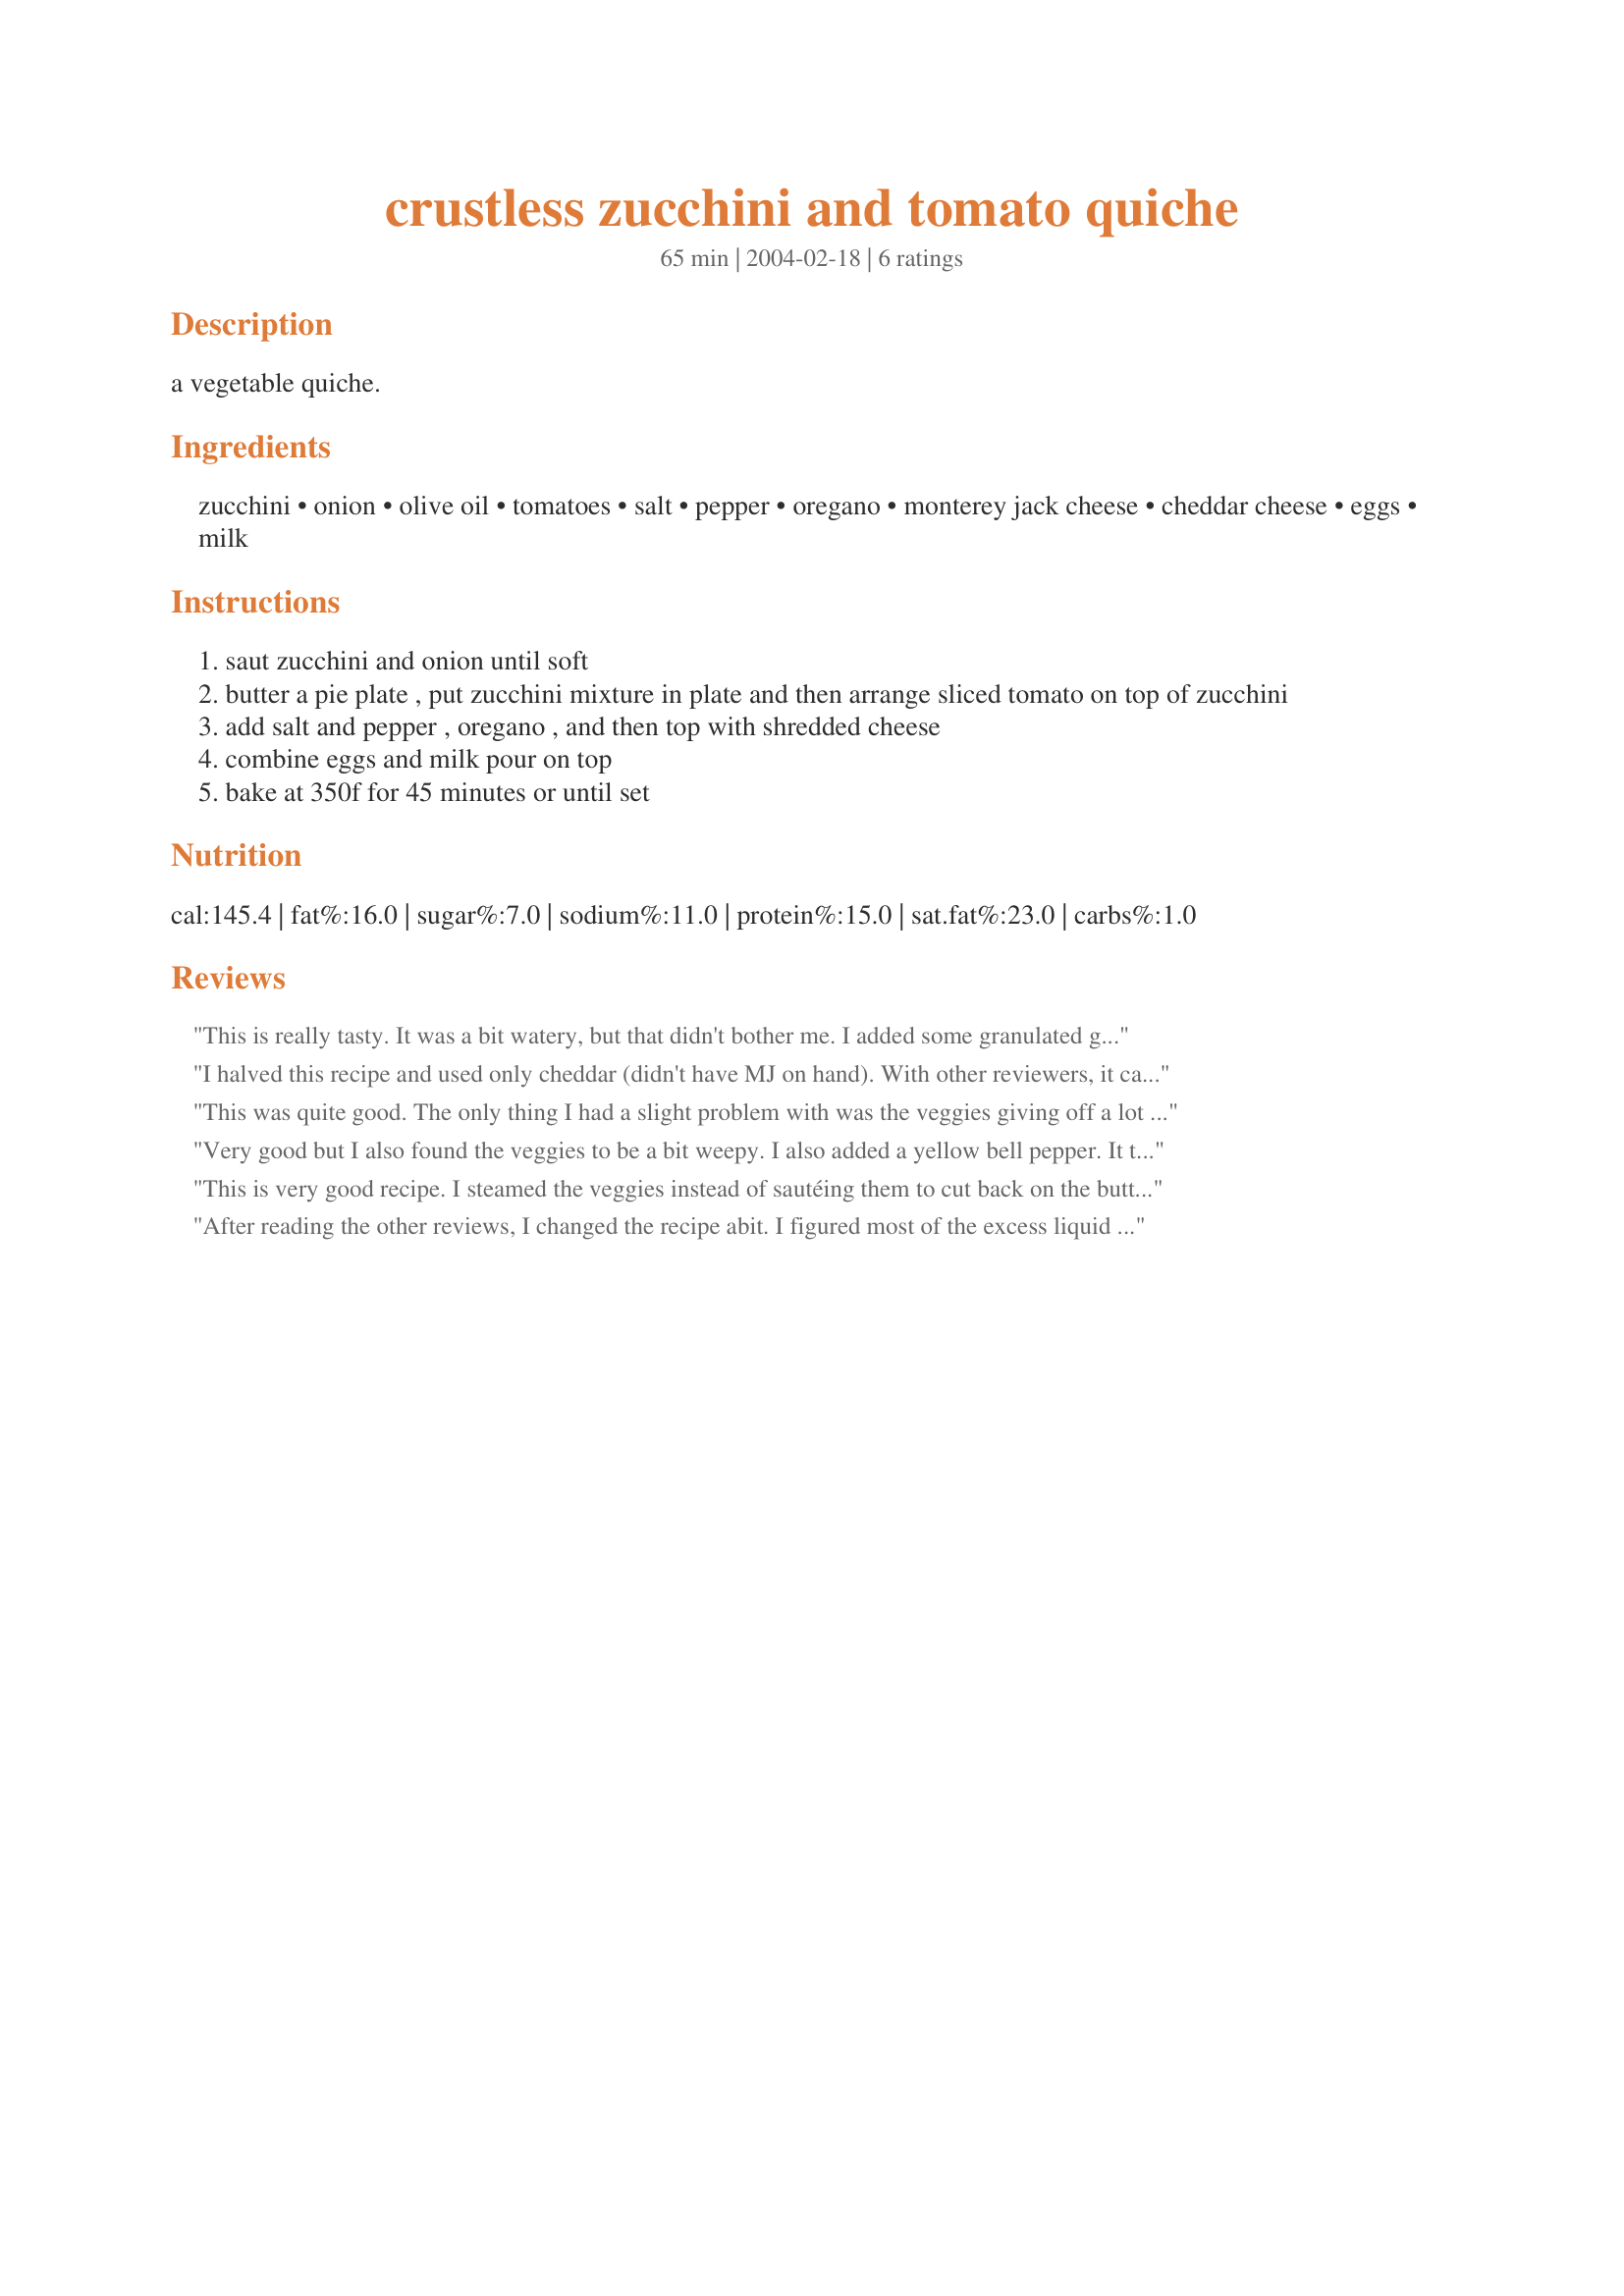
crustless zucchini and tomato quiche
Preparation time: 65 minutes

a vegetable quiche.

Ingredients:
zucchini, onion, olive oil, tomatoes, salt, pepper, oregano, monterey jack cheese, cheddar cheese, eggs, milk

Steps:
saut zucchini and onion until soft
butter a pie plate , put zucchini mixture in plate and then arrange sliced tomato on top of zucchini
add salt and pepper , oregano , and then top with shredded cheese
combine eggs and milk pour on top
bake at 350f for 45 minutes or until set

Reviews:
This is really tasty. It was a bit watery, but that didn't bother me. I added some granulated garlic since I don't eat onions. I will be making this again.
I halved this recipe and used only cheddar (didn't have MJ on hand). With other reviewers, it came out watery, in retrospect I should have followed the lead of grumpychef and salted the tomatoes. At any rate, I found the taste too mild for me, and the texture very strange. My first attempt at a quiche, not sure what I did wrong.
This was quite good. The only thing I had a slight problem with was the veggies giving off a lot of water. Next time I will be careful to saute the zucchini and onions for a long time, to get rid of as much moisture as possible. The quiche had a beautiful, golden colour when it came out of the oven.
Very good but I also found the veggies to be a bit weepy. I also added a yellow bell pepper. It turned out fluffy and custardy and very delicious.
This is very good recipe. I steamed the veggies instead of sautéing them to cut back on the butter calories. I probably steamed them for maybe 4-5 minutes. They still had some crunch. The finished result was a golden quiche that was very eye appealing. The flavor was mild, but it was wonderful. Thanks for sharing your recipe.
After reading the other reviews, I changed the recipe abit. I figured most of the excess liquid was coming from the tomatoes. So, I took 1/4 tsp. of the total salt and sprinkled it over the tomato slices and then placed the slices between two paper towels. While the slices were resting(approx.20 min.) I prepared the rest of the recipe. I added an additional egg for a total of 4 eggs and I also whisked in 2 T. of flour to the egg mixture. In addition to the oregano, I added, 1 T. chopped, fresh Basil. Draining the tomatoes and adding the extra egg and flour, made for a firmer but still light texture. My family, including my non-vegetable eating husband loved it. There were no leftovers.
